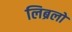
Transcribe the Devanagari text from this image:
लिब्रलों